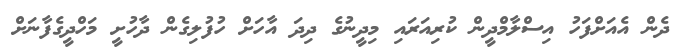
ދެން އެއަށްފަހު އިސްލާމްދީން ކުރިއަރައި މިދީނުގެ ދިދަ އާހަށް ހުފުލިގެން ދާހުށީ މަހްދީގެފާނަށް